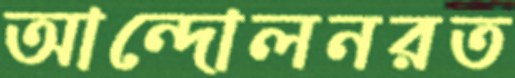
আন্দোলনরত